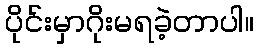
ပိုင်းမှာဂိုးမရခဲ့တာပါ။